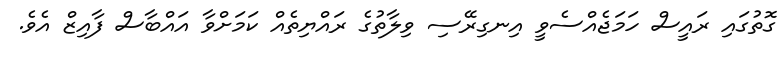
ގޮތުގައި ރައީސް ހަމަޖެއްސެވީ އިނގިރޭސި ވިލާތުގެ ރައްޔިތެއް ކަމަށްވާ އައްބާސް ފާއިޒް އެވެ.